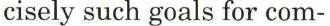
cisely such goals for com-